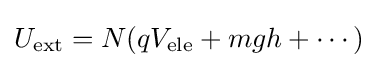
U_{\text{ext}}=N(qV_{\text{ele}}+mgh+\cdots )